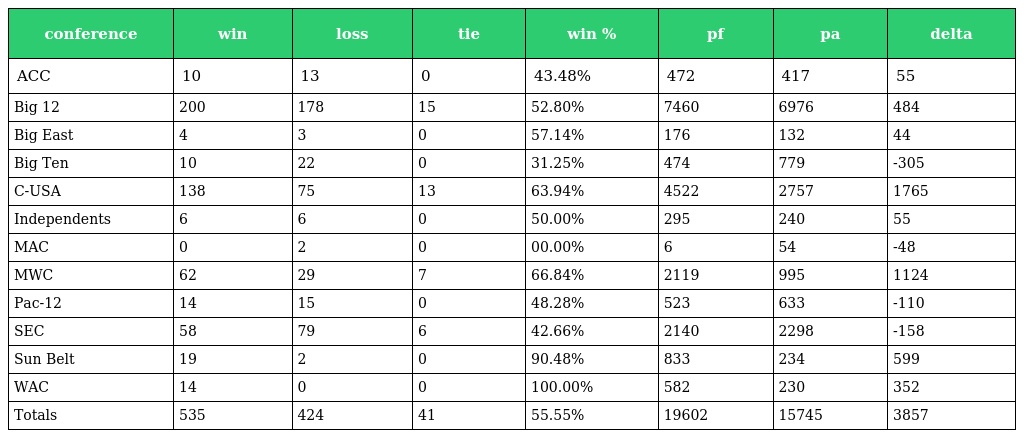
| conference | win | loss | tie | win % | pf | pa | delta |
 | --- | --- | --- | --- | --- | --- | --- | --- |
 | ACC | 10 | 13 | 0 | 43.48% | 472 | 417 | 55 |
 | Big 12 | 200 | 178 | 15 | 52.80% | 7460 | 6976 | 484 |
 | Big East | 4 | 3 | 0 | 57.14% | 176 | 132 | 44 |
 | Big Ten | 10 | 22 | 0 | 31.25% | 474 | 779 | -305 |
 | C-USA | 138 | 75 | 13 | 63.94% | 4522 | 2757 | 1765 |
 | Independents | 6 | 6 | 0 | 50.00% | 295 | 240 | 55 |
 | MAC | 0 | 2 | 0 | 00.00% | 6 | 54 | -48 |
 | MWC | 62 | 29 | 7 | 66.84% | 2119 | 995 | 1124 |
 | Pac-12 | 14 | 15 | 0 | 48.28% | 523 | 633 | -110 |
 | SEC | 58 | 79 | 6 | 42.66% | 2140 | 2298 | -158 |
 | Sun Belt | 19 | 2 | 0 | 90.48% | 833 | 234 | 599 |
 | WAC | 14 | 0 | 0 | 100.00% | 582 | 230 | 352 |
 | Totals | 535 | 424 | 41 | 55.55% | 19602 | 15745 | 3857 |